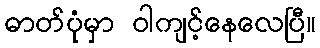
ဓာတ်ပုံမှာ ဝါကျင့်နေလေပြီ။